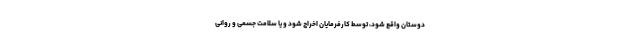
دوستان واقع شود، توسط کارفرمایان اخراج شود و یا سلامت جسمی و روانی